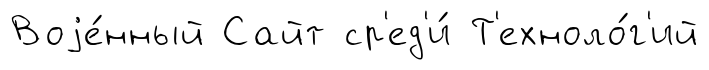
Воjе́нный Сайт ср'ед'и́ Т'ехноло́г'ий